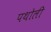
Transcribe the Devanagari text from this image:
पथोली